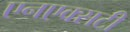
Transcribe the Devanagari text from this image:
एनएक्सटी